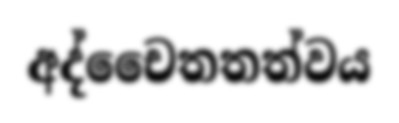
අද්චෛතතත්වය